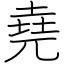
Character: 堯